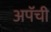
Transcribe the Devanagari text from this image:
अपॅची